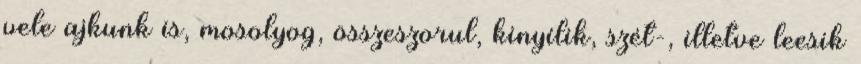
vele ajkunk is, mosolyog, összeszorul, kinyílik, szét-, illetve leesik